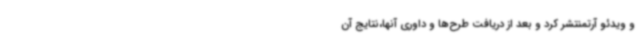
و ویدئو آرتمنتشر کرد و بعد از دریافت طرح‌ها و داوری آنها،نتایج آن